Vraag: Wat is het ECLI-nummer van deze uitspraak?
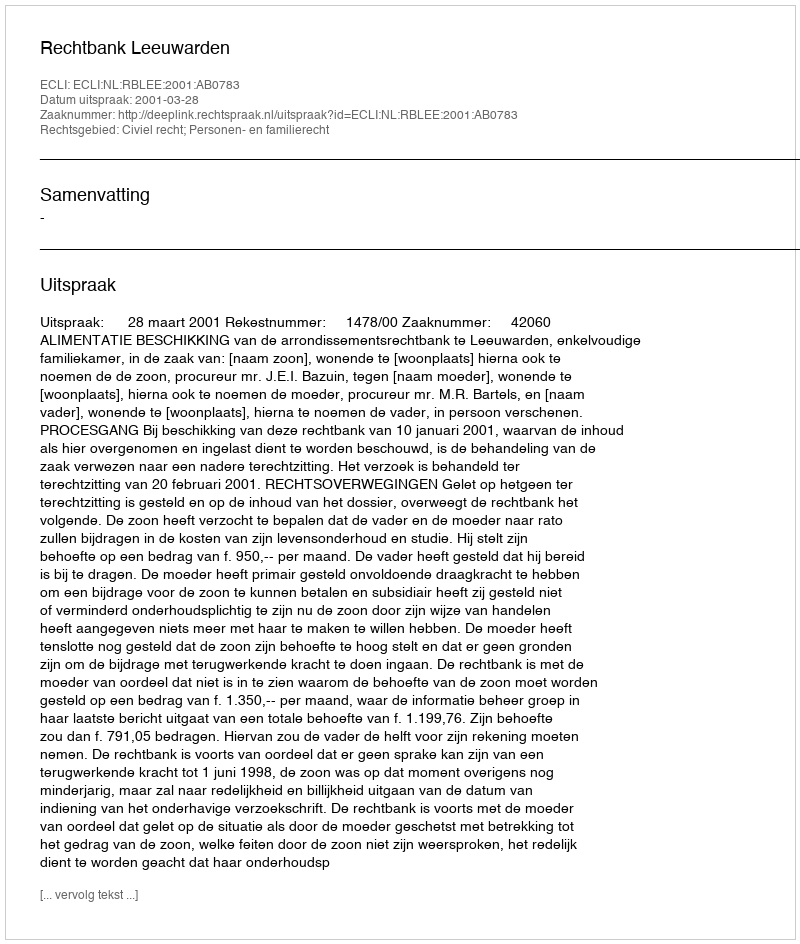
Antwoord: ECLI:NL:RBLEE:2001:AB0783